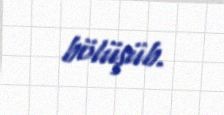
bölüşüb.